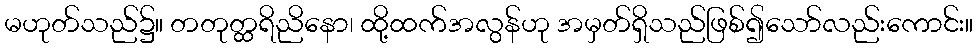
မဟုတ်သည်၌။ တတုတ္ထရိညိနော၊ ထို့ထက်အလွန်ဟု အမှတ်ရှိသည်ဖြစ်၍သော်လည်းကောင်း။